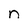
Character: n